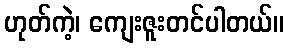
ဟုတ်ကဲ့၊ ကျေးဇူးတင်ပါတယ်။